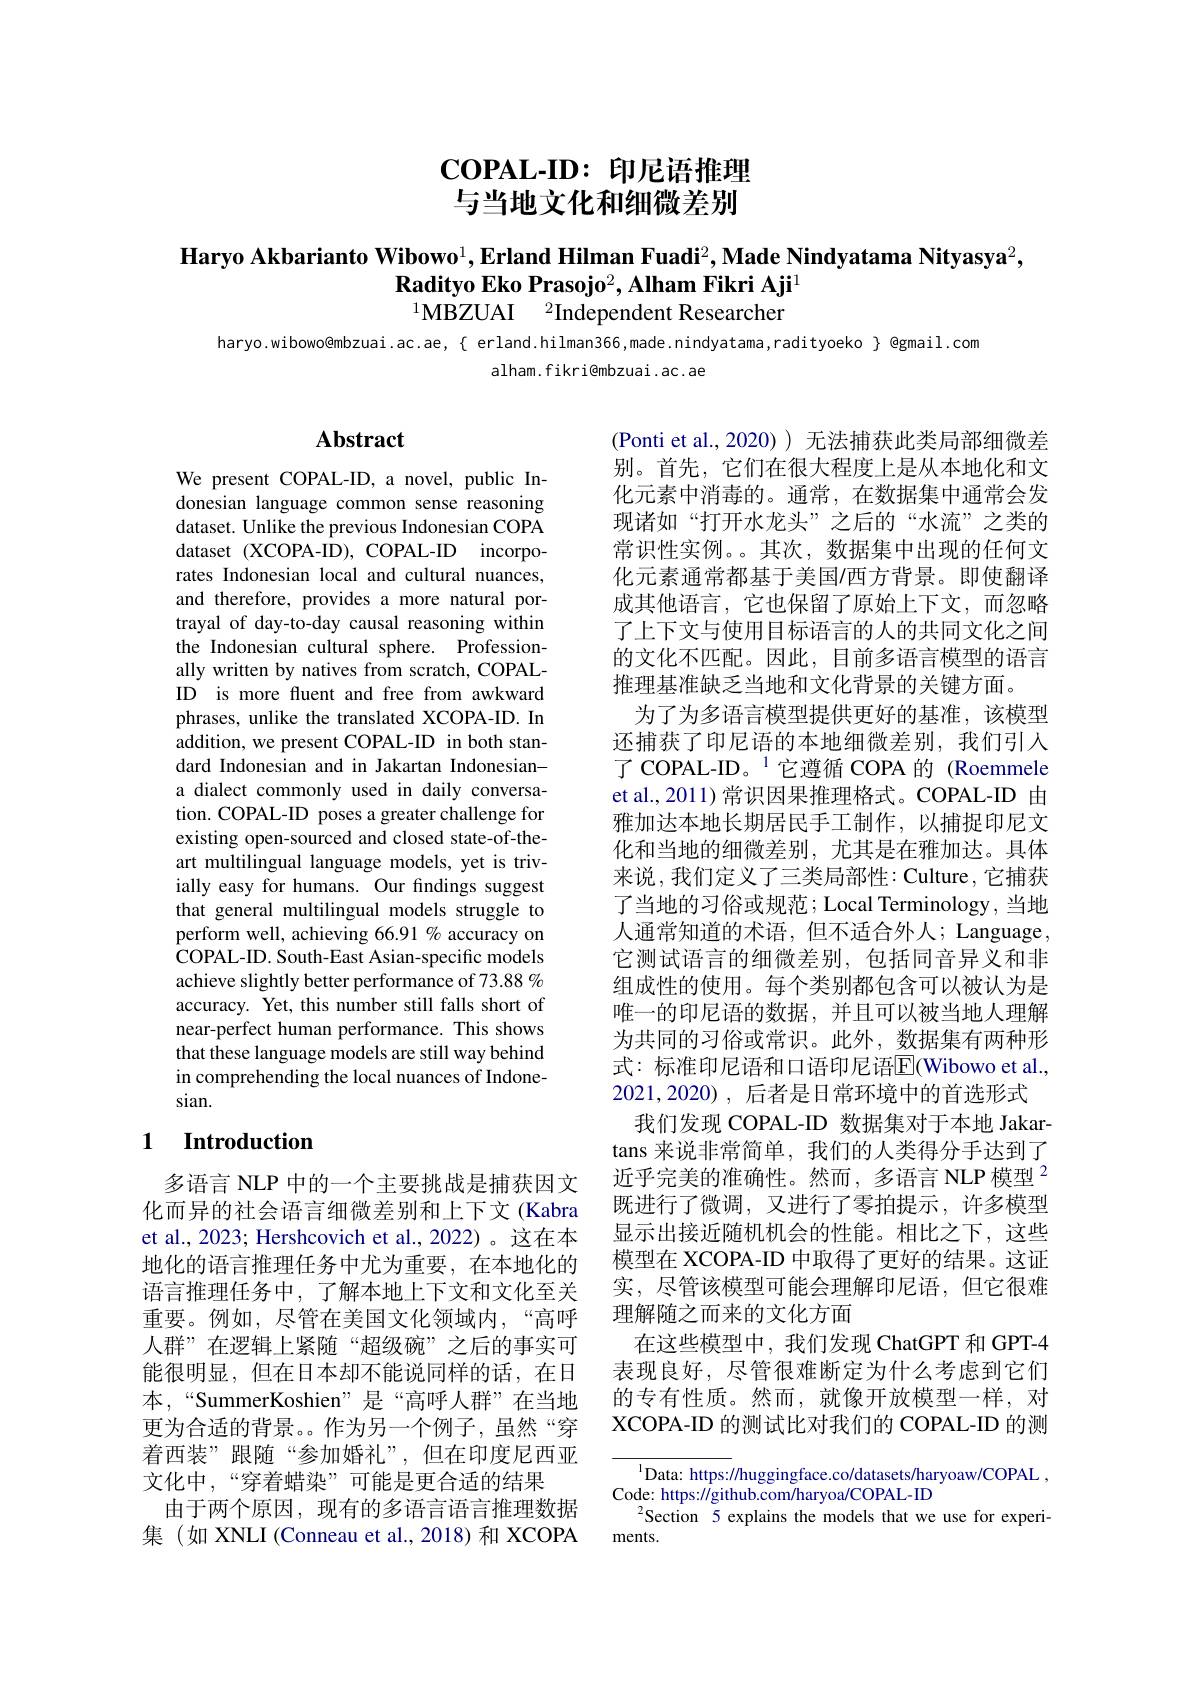
$\mathbf{COPAL-ID:}$印尼语推理与当地文化和细微差别

Haryo Akbarianto Wibowo$^1,\textbf{Erland Hilman Fuadi}^2,\textbf{Made Nindyatama Nityasya}^2$,
$\textbf{Radityo Eko Prasojo}^2,\textbf{Alham Fikri Aji}^1$

$^{1}\mathbf{MBZUAI}\:^{2}$Independent Researcher

$haryo.wibowo@mbzuai.ac.ae,{\{\text{ erland.hilman366,made.nindyatama,radityoeko}{\text{ @gmail.com}}}}}}}}}\mathrm{haryo.wibowo@mbzuai.ac.ae,{ erland.hilman366,made.nindyatama,radityoeko{ @gmail.com$
alham.fikri@mbzuai.ac.ae

## $\mathbf{Abstract}$

We present COPAL-ID, a novel, public Indonesian language common sense reasoning dataset. Unlike the previous Indonesian COPA dataset (XCOPA-ID), COPAL-ID incorporates Indonesian local and cultural nuances, and therefore, provides a more natural portrayal of day-to-day causal reasoning within the Indonesian cultural sphere. Professionally written by natives from scratch, COPALID is more fluent and free from awkward phrases, unlike the translated XCOPA-ID. In addition, we present COPAL-ID in both standard Indonesian and in Jakartan Indonesiana dialect commonly used in daily conversation. COPAL-ID poses a greater challenge for existing open-sourced and closed state-of-theart multilingual language models, yet is trivially easy for humans. Our findings suggest that general multilingual models struggle to perform well, achieving 66.91% accuracy on COPAL-ID. South-East Asian-specific models achieve slightly better performance of 73.88 % accuracy. Yet, this number still falls short of near-perfect human performance. This shows that these language models are still way behind in comprehending the local nuances of Indonesian.

(Ponti et al.,2020))无法捕获此类局部细微差别。首先，它们在很大程度上是从本地化和文化元素中消毒的。通常，在数据集中通常会发现诸如“打开水龙头”之后的“水流”之类的常识性实例。。其次，数据集中出现的任何文化元素通常都基于美国/西方背景。即使翻译成其他语言，它也保留了原始上下文，而忽略了上下文与使用目标语言的人的共同文化之间的文化不匹配。因此，目前多语言模型的语言推理基准缺乏当地和文化背景的关键方面。
为了为多语言模型提供更好的基准，该模型还捕获了印尼语的本地细微差别，我们引入了 COPAL-ID。$^{1}$它遵循 COPA 的(Roemmele et al., 2011) 常识因果推理格式。COPAL-ID 由雅加达本地长期居民手工制作，以捕捉印尼文化和当地的细微差别，尤其是在雅加达。具体来说，我们定义了三类局部性：Culture,它捕获了当地的习俗或规范；Local Terminology, 当地人通常知道的术语，但不适合外人；Language, 它测试语言的细微差别，包括同音异义和非组成性的使用。每个类别都包含可以被认为是唯一的印尼语的数据，并且可以被当地人理解为共同的习俗或常识。此外，数据集有两种形式：标准印尼语和口语印尼语$\overline{\mathrm{E}}($Wibowo et al., 2021,2020),后者是日常环境中的首选形式
我们发现 COPAL-ID 数据集对于本地 Jakartans 来说非常简单，我们的人类得分手达到了近乎完美的准确性。然而，多语言 NLP 模型$^{2}$ 既进行了微调，又进行了零拍提示，许多模型显示出接近随机机会的性能。相比之下，这些模型在 XCOPA-ID 中取得了更好的结果。这证实，尽管该模型可能会理解印尼语，但它很难理解随之而来的文化方面
在这些模型中，我们发现 ChatGPT 和 GPT-4表现良好，尽管很难断定为什么考虑到它们的专有性质。然而，就像开放模型一样，对XCOPA-ID 的测试比对我们的 COPAL-ID 的测

## 1 Introduction

多语言 NLP 中的一个主要挑战是捕获因文化而异的社会语言细微差别和上下文 (Kabra et al., 2023; Hershcovich et al., 2022)。这在本地化的语言推理任务中尤为重要，在本地化的语言推理任务中，了解本地上下文和文化至关重要。例如，尽管在美国文化领域内，“高呼人群”在逻辑上紧随“超级碗”之后的事实可能很明显，但在日本却不能说同样的话，在日本，“SummerKoshien”是“高呼人群”在当地更为合适的背景。作为另一个例子，虽然“穿着西装”跟随“参加婚礼”,但在印度尼西亚文化中，“穿着蜡染”可能是更合适的结果
由于两个原因，现有的多语言语言推理数据集 (如 XNLI (Conneau et al., 2018)和 XCOPA

${^{1}\text{Data: https://huggingface.co/datasets/haryoaw/COPAL,}}$
Code: https://github.com/haryoa/COPAL-ID
$^{2}$Section 5 explains the models that we use for experi-
ments.